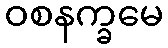
ဝစနက္ခမေ